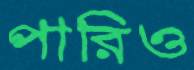
পারিও